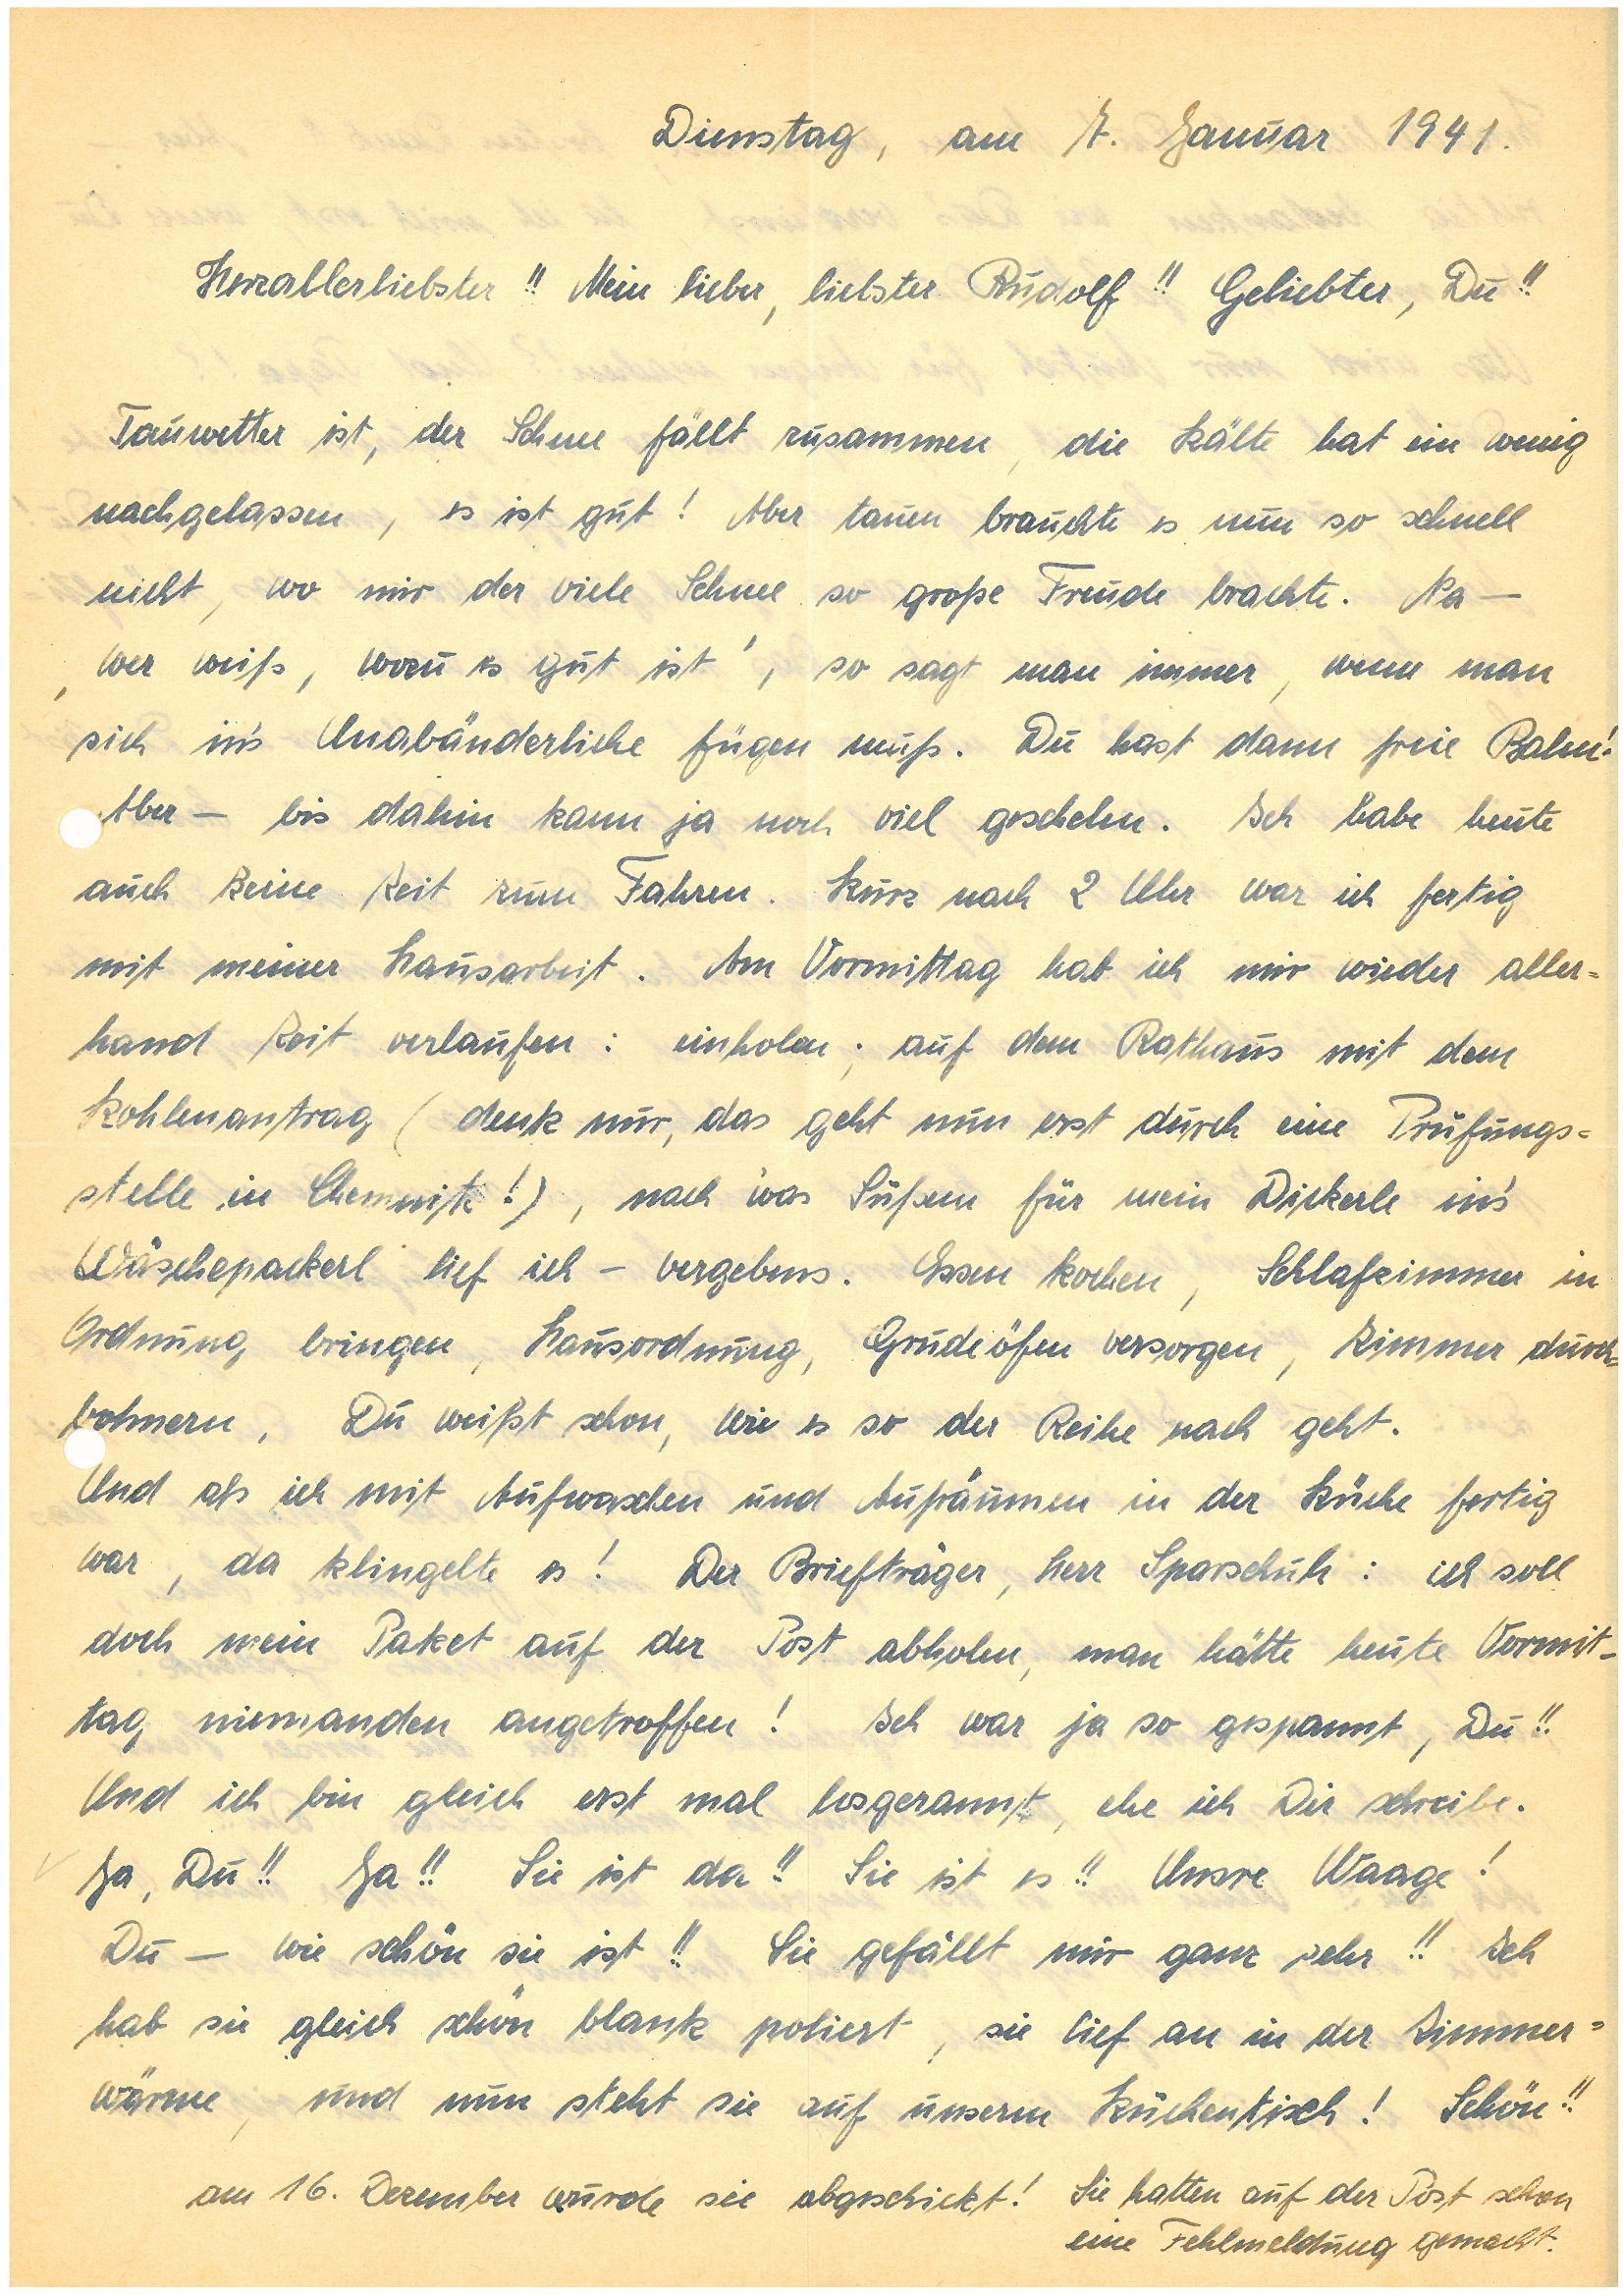
Dienstag, am 7. Januar 1941.
Herzallerliebster!! Mein lieber, liebster!! Geliebter, Du!!
Tauwetter ist, der Schnee fällt zusammen, die Kälte hat ein wenig
nachgelassen, es ist gut! Aber tauen brauchte es nun so schnell
nicht, wo mir der viele Schnee so große Freude brachte. Na –
‘wer weiß, wozu es gut ist’, so sagt man immer, wenn man
sich in’s Unabänderliche fügen muß. Du hast dann freie Bahn!
Aber– bis dahin kann ja noch viel geschehen. Ich habe heute
auch keine Zeit zum Fahren. Kurz nach 2 Uhr war ich fertig
mit meiner Hausarbeit. Am Vormittag hab ich mir wieder aller¬
hand Zeit verlaufen: einholen; auf dem Rathaus mit dem
Kohlenantrag (denk nur, das geht nun erst durch eine Prüfungs¬
stelle in C.!), nach was’ Süßem für mein Dickerle in’s
Wäschepackerl lief ich – vergebens. Essen kochen, Schlafzimmer in
Ordnung bringen, Hausordnung, Grudeöfen versorgen, Zimmer durch¬
bohnern. Du weißt schon, wie es so der Reihe nach geht.
Und als ich mit Aufwaschen und Aufräumen in der Küche fertig
war, da klingelte es! Der Briefträger, Herr S.: ich soll
doch mein Paket auf der Post abholen, man hätte heute Vormit¬
tag niemanden angetroffen! Ich war ja so gespannt, Du!!
Und ich bin gleich erst mal losgerannt, ehe ich Dir schreibe.
Ja, Du!! Ja!! Sie ist da!! Sie ist es!! Unsre Waage!
Du – wie schön sie ist!! Sie gefällt mir ganz sehr!! Ich
hab sie gleich schön blank poliert, sie lief an in der Zimmer¬
wärme, und nun steht sie auf unserm Küchentisch! Schön!!
am 16. Dezember wurde sie abgeschickt! Sie hatten auf der Post schon
eine Fehlmeldung gemacht.